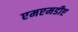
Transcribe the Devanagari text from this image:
एमएमडीए